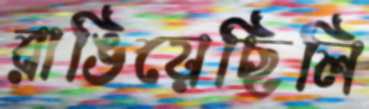
রাঙিয়েছিলি